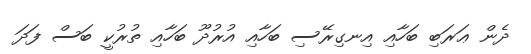
ދެން ޢަރަބި ބަހާއި އިނގިރޭސި ބަހާއި އުރުދޫ ބަހާއި ތުރުކީ ބަސް ފަދަ